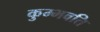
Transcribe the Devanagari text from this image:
कुम्भवति